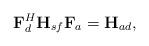
LaTeX: \begin{align*}\mathbf{F}_d^H \mathbf{H}_{sf} \mathbf{F}_a = \mathbf{H}_{ad}, \end{align*}